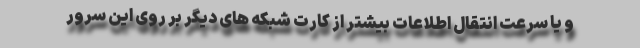
و یا سرعت انتقال اطلاعات بیشتر از کارت شبکه های دیگر بر روی این سرور